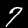
Label: 7